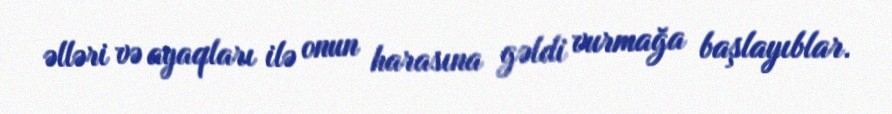
əlləri və ayaqları ilə onun harasına gəldi vurmağa başlayıblar.